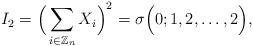
LaTeX: \begin{align*}I_2=\displaystyle \Big( \sum_{i\in \mathbb{Z}_{n}} X_i \Big)^2 = \sigma\Big( 0; 1, 2, \dots, 2 \Big), \end{align*}